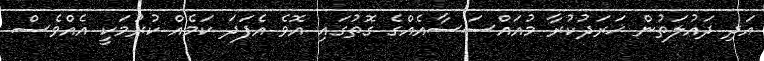
އަދި ދައުލަތުން ޚަރަދުކުރާ މުއައްސަސާއެއްގެ ގޮތުގައި އޮވެ އެފަދަ ކަމެއް ކުރުމަކީ އެއްވެސް